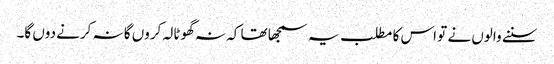
سننے والوں نے تو اس کا مطلب یہ سمجھا تھا کہ نہ گھوٹالہ کروں گا نہ کرنے دوں گا۔